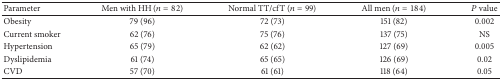
<table><thead><tr><td><b>Parameter</b></td><td><b>Men with HH (<i>n</i> = 82)</b></td><td><b>Normal TT/cfT (<i>n</i> = 99)</b></td><td><b>All men (<i>n</i> = 184)</b></td><td><b><i>P</i> value</b></td></tr></thead><tbody><tr><td>Obesity</td><td>79 (96)</td><td>72 (73)</td><td>151 (82)</td><td>0.002</td></tr><tr><td>Current smoker</td><td>62 (76)</td><td>75 (76)</td><td>137 (75)</td><td>NS</td></tr><tr><td>Hypertension</td><td>65 (79)</td><td>62 (62)</td><td>127 (69)</td><td>0.005</td></tr><tr><td>Dyslipidemia</td><td>61 (74)</td><td>65 (65)</td><td>126 (69)</td><td>0.02</td></tr><tr><td>CVD</td><td>57 (70)</td><td>61 (61)</td><td>118 (64)</td><td>0.05</td></tr></tbody></table>